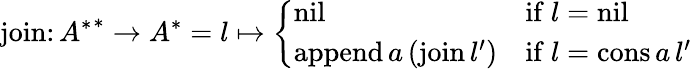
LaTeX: {\mathrm{join}}\colon{A^{*}}^{*}\to A^{*}=l\mapsto{\left\{ \begin{array}{ll}{{\mathrm{nil}}}&{{\mathrm{if}}\ l={\mathrm{nil}}}\\ {{\mathrm{append}}\, a\, ({\mathrm{join}}\, l^{\prime})}&{{\mathrm{if}}\ l={\mathrm{cons}}\, a\, l^{\prime}}\end{array}\right.}